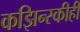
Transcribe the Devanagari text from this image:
कझिन्स्कीही